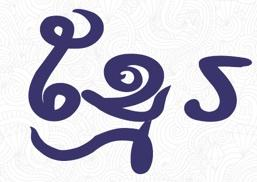
ខ្មែរ